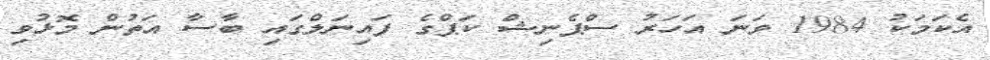
އެކަމަކު 1984 ވަނަ އަހަރު ސްޕެނިޝް ކަޕްގެ ފައިނަލްގައި ބާސާ އަތުން މޮޅުވި